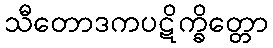
သီတောဒကပဋိက္ခိတ္တော